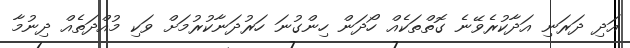
އަދި ދަރަނި އަދާކުރެވޭނެ ގޮތްތަކެއް ހޯދަން ހިންގުނަ ހަރުދަނާކުރުމަށް ވަކި މުއްދަތެއް ދިނުމާ